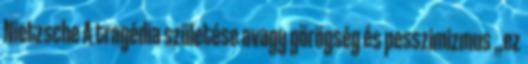
Nietzsche A tragédia születése avagy görögség és pesszimizmus „ez